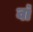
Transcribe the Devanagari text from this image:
वाॅ